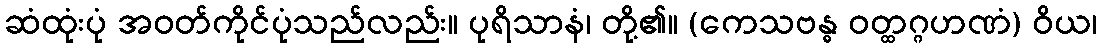
ဆံထုံးပုံ အဝတ်ကိုင်ပုံသည်လည်း။ ပုရိသာနံ၊ တို့၏။ (ကေသဗန္ဓ ဝတ္ထဂ္ဂဟဏံ) ဝိယ၊